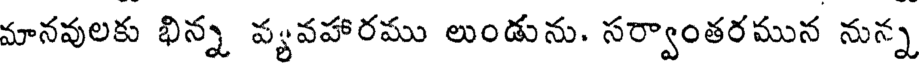
మానవులకు భిన్న వ్యవహారము లుండును. సర్వాంతరమున నున్న